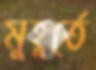
মুহূর্তে